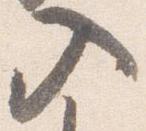
入